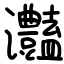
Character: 灎